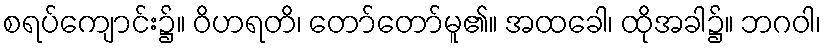
စရပ်ကျောင်း၌။ ဝိဟရတိ၊ တော်တော်မူ၏။ အထခေါ၊ ထိုအခါ၌။ ဘဂဝါ၊